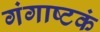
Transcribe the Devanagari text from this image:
गंगाष्टकं